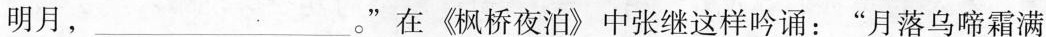
明月，___。”在《枫桥夜泊》中张继这样吟诵：“月落乌啼霜满